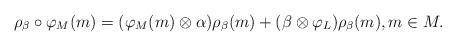
LaTeX: \begin{align*}\rho_{\beta} \circ \varphi_M(m)=(\varphi_M(m) \otimes \alpha ) \rho_{\beta}(m)+(\beta \otimes \varphi_L) \rho_{\beta}(m), m \in M.\end{align*}